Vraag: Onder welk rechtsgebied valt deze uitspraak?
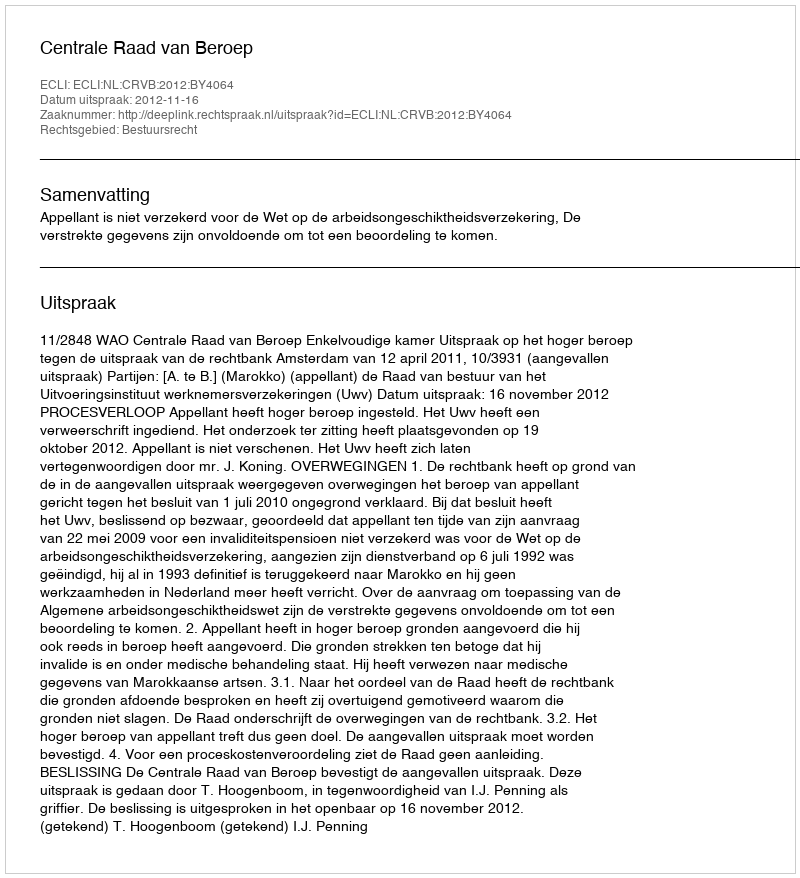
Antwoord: Bestuursrecht